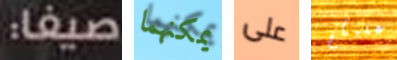
صيفا: يمكنهما على عليكم